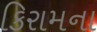
કિરામના